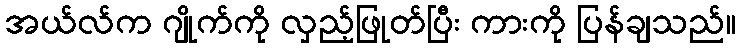
အယ်လ်က ဂျိုက်ကို လှည့်ဖြုတ်ပြီး ကားကို ပြန်ချသည်။